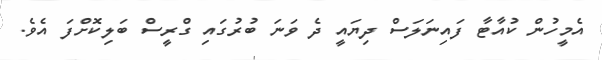
އެމީހުން ކުއާޓާ ފައިނަލަސް ދިޔައީ ދެ ވަނަ ބުރުގައި ގްރީސް ބަލިކޮށްފަ އެވެ.